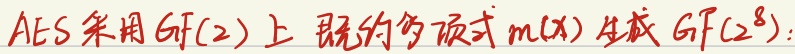
\(AES\)采用\(GF(2)\)上既约多项式\(m(x)\)生成\(GF(2^8)\)：